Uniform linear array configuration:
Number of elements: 8
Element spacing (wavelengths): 0.25
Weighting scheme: cosine
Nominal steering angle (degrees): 0
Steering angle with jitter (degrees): -1.747
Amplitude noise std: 0.05
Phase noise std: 0.05

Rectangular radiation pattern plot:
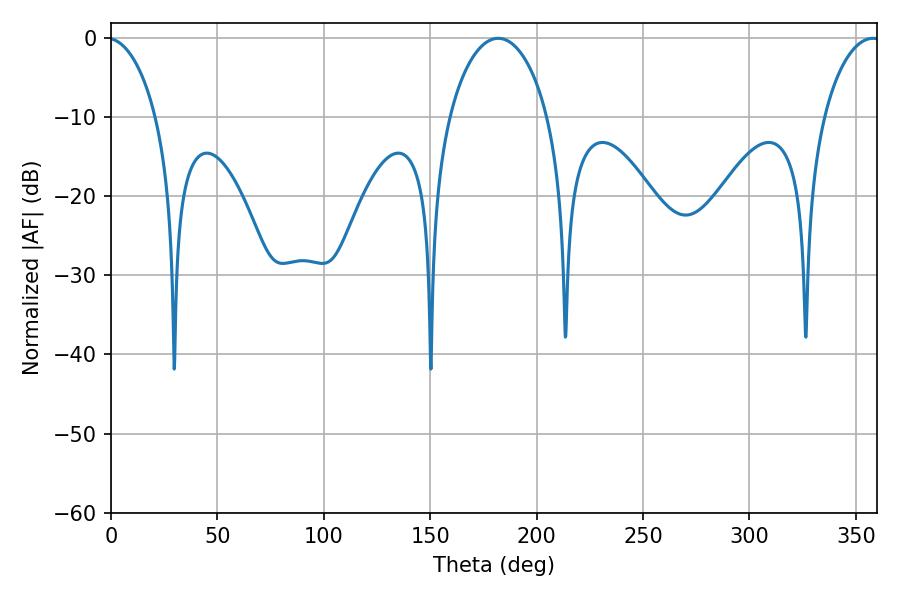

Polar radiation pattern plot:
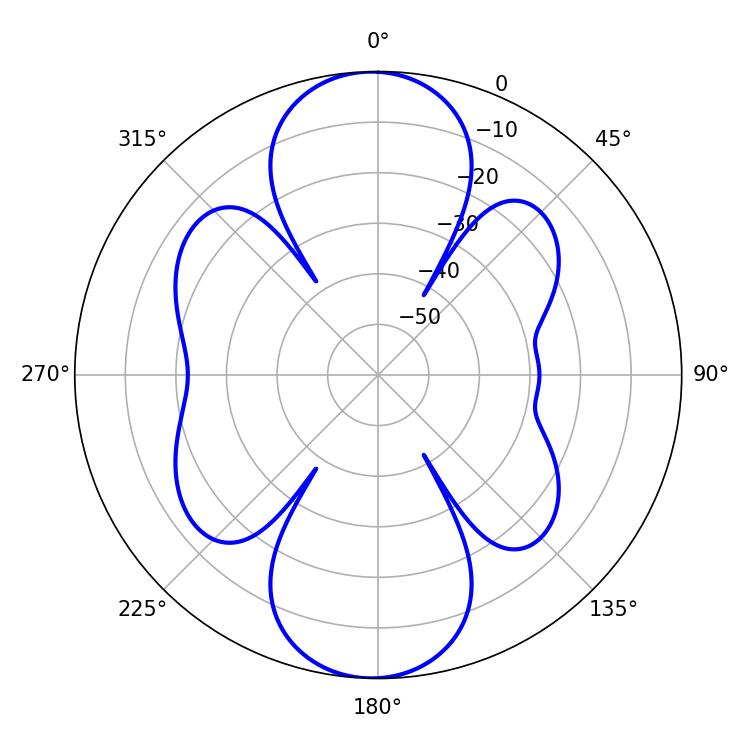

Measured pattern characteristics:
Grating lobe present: FALSE
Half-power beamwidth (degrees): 26.64
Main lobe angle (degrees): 181.98